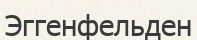
Эггенфельден